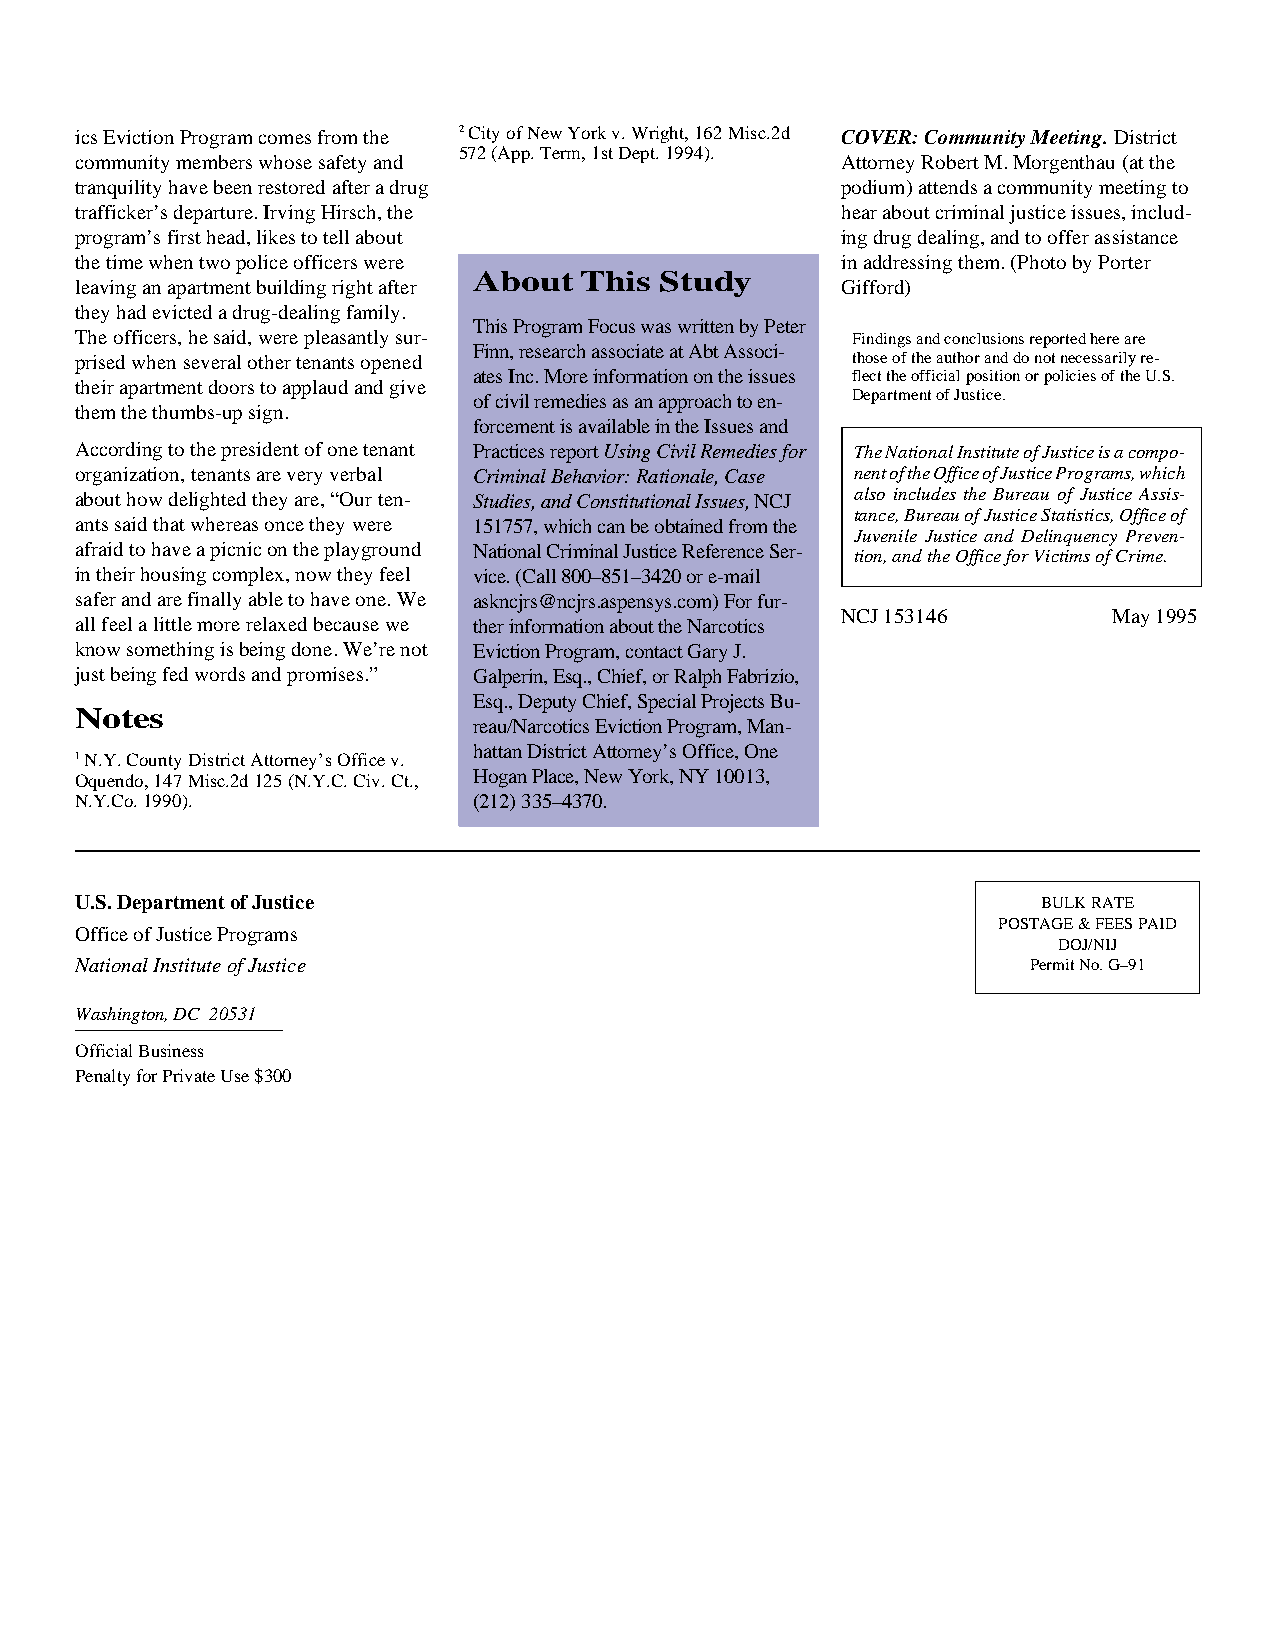
ics Eviction Program comes from the 2 City of New York v. Wright, 162 Misc.2d COVER: Community Meeting. District
 572 (App. Term, 1st Dept. 1994).
 community members whose safety and                 Attorney Robert M. Morgenthau (at the
 tranquility have been restored after a drug        podium) attends a community meeting to
 trafficker’s departure. Irving Hirsch, the         hear about criminal justice issues, includ-
 program’s first head, likes to tell about          ing drug dealing, and to offer assistance
 the time when two police officers were             in addressing them. (Photo by Porter
 About  This  Study
 leaving an apartment building right after          Gifford)
 they had evicted a drug-dealing family.
 This Program Focus was written by Peter
 The officers, he said, were pleasantly sur-        Findings and conclusions reported here are
 Finn, research associate at Abt Associ-
 prised when several other tenants opened           those of the author and do not necessarily re-
 ates Inc. More information on the issues flect the official position or policies of the U.S.
 their apartment doors to applaud and give
 of civil remedies as an approach to en- Department of Justice.
 them the thumbs-up sign.
 forcement is available in the Issues and
 According to the president of one tenant Practices report Using Civil Remedies for The National Institute of Justice is a compo-
 organization, tenants are very verbal Criminal Behavior: Rationale, Case nent of the Office of Justice Programs, which
 about how delighted they are, “Our ten- Studies, and Constitutional Issues, NCJ also includes the Bureau of Justice Assis-
 tance, Bureau of Justice Statistics, Office of
 ants said that whereas once they were 151757, which can be obtained from the
 Juvenile Justice and Delinquency Preven-
 afraid to have a picnic on the playground National Criminal Justice Reference Ser- tion, and the Office for Victims of Crime.
 in their housing complex, now they feel vice. (Call 800–851–3420 or e-mail
 safer and are finally able to have one. We askncjrs@ncjrs.aspensys.com) For fur-
 NCJ 153146        May 1995
 all feel a little more relaxed because we ther information about the Narcotics
 know something is being done. We’re not Eviction Program, contact Gary J.
 just being fed words and promises.” Galperin, Esq., Chief, or Ralph Fabrizio,
 Esq., Deputy Chief, Special Projects Bu-
 Notes
 reau/Narcotics Eviction Program, Man-
 hattan District Attorney’s Office, One
 1 N.Y. County District Attorney’s Office v.
 Oquendo, 147 Misc.2d 125 (N.Y.C. Civ. Ct., Hogan Place, New York, NY 10013,
 N.Y.Co. 1990).            (212) 335–4370.
 U.S. Department of Justice                                      BULK RATE
 POSTAGE & FEES PAID
 Office of Justice Programs
 DOJ/NIJ
 National Institute of Justice                                  Permit No. G–91
 Washington, DC 20531
 Official Business
 Penalty for Private Use $300